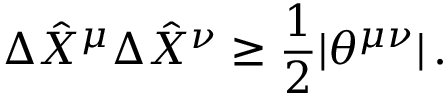
\Delta \hat { X } ^ { \mu } \Delta \hat { X } ^ { \nu } \geq { \frac { 1 } { 2 } } | \theta ^ { \mu \nu } | \, .